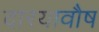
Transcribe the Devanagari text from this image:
दारयावौष